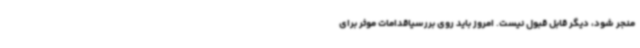
منجر شود، دیگر قابل قبول نیست. امروز باید روی بررسیاقدامات موثر برای